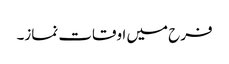
فرح میں اوقات نماز۔